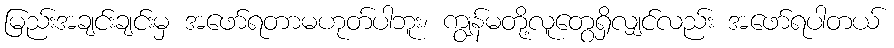
မြည်းအချင်းချင်းမှ အဖော်ရတာမဟုတ်ပါဘူး၊ ကျွန်မတို့လူတွေရှိလျှင်လည်း အဖော်ရပါတယ်